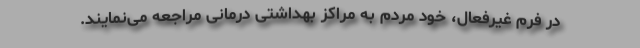
در فرم غیرفعال، خود مردم به مراکز بهداشتی درمانی مراجعه می‌نمایند.